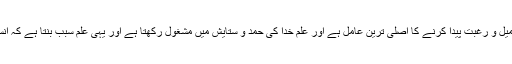
علم خدا کی پہچان و خلقت کی علت کو جاننے کا اور خدا کی اطاعت کی طرف میل و رغبت پیدا کرنے کا اصلی ترین عامل ہے اور علم خدا کی حمد و ستایش میں مشغول رکھتا ہے اور یہی علم سبب بنتا ہے کہ انسان قرآنی آیات اور دیگر آیات الھی کے مقابلے میں خضوع و خشوع رکھتا ہے۔